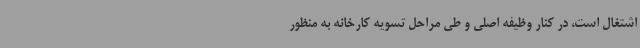
اشتغال است، در کنار وظیفه اصلی و طی مراحل تسویه کارخانه به منظور